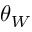
\theta _ { W }